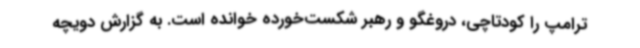
ترامپ را کودتاچی، دروغگو و رهبر شکست‌خورده خوانده است. به گزارش دویچه